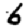
Digit: 6